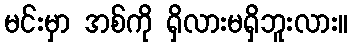
မင်းမှာ အစ်ကို ရှိလားမရှိဘူးလား။